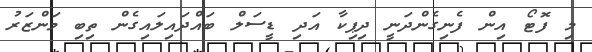
މި ފޮޓޯ އިން ފެނިގެންދަނީ ދިޕިކާ އަދި ޑީސަލް ބައްދައިލައިގެން ތިބި މަންޒަރު